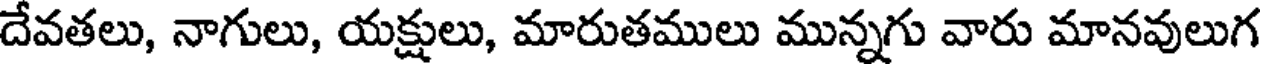
దేవతలు, నాగులు, యక్షులు, మారుతములు మున్నగు వారు మానవులుగ